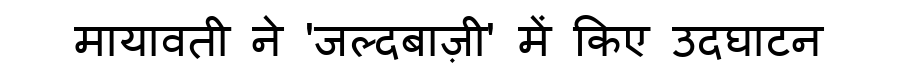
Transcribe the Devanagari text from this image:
मायावती ने 'जल्दबाज़ी' में किए उदघाटन